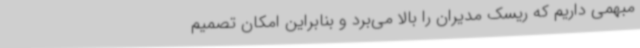
مبهمی داریم که ریسک مدیران را بالا می‌برد و بنابراین امکان تصمیم‌